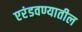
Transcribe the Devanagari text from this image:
एरंडवण्यातील